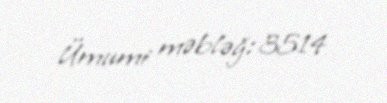
Ümumi məbləğ: 3514